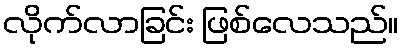
လိုက်လာခြင်း ဖြစ်လေသည်။